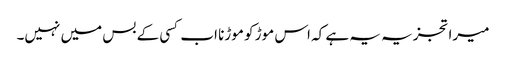
میرا تجزیہ یہ ہے کہ اس موڑ کو موڑنا اب کسی کے بس میں نہیں۔